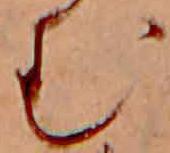
む